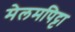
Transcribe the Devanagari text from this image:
मेलमपिट्टा